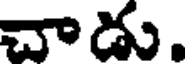
చాడు.